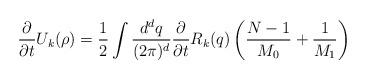
LaTeX: \begin{align*}\frac{\partial}{\partial{t}}{U}_{k}(\rho)=\frac{1}{2}\int\frac{{d}^{d}{q}}{(2\pi)^{d}}\frac{\partial}{\partial{t}}{R}_{k}({q})\left(\frac{{N}-1}{{M}_0}+\frac{1}{{M}_1}\right)\end{align*}